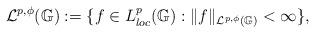
LaTeX: \begin{align*}\mathcal{L}^{p,\phi}(\mathbb{G}):=\{f\in L^{p}_{loc}(\mathbb{G}):\|f\|_{\mathcal{L}^{p,\phi}(\mathbb{G})}<\infty\},\end{align*}